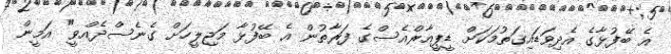
އެ ބޭފުޅާގެ އެދިވަޑައިގަތުމަކަށް ޑީޕީއާރްއެސްގެ ފަރާތުން އެ ބޭފުޅާ މަޖިލީހަށް ގެނެސްދެއްވީ" އަމީން